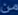
من